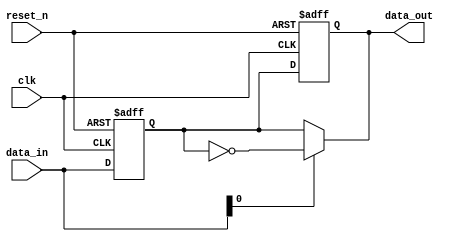
module event_driven_example (
    input wire clk,          // Clock signal
    input wire reset_n,     // Active low reset signal
    input wire [3:0] data_in, // 4-bit input data
    output reg [3:0] data_out // 4-bit output data
);

// Internal signal to hold state
reg [3:0] state;

// Always block triggered on the rising edge of the clock or on reset
always @(posedge clk or negedge reset_n) begin
    if (!reset_n) begin
        // Reset logic: set state and output to zero
        state <= 4'b0000;
        data_out <= 4'b0000;
    end else begin
        // Sequential logic: update state on clock edge
        state <= data_in; // Capture input data on clock edge
        data_out <= state; // Update output with the current state
    end
end

// Always block for combinational logic
always @(data_in or state) begin
    // Combinational logic: output is the inverted state if data_in is high
    if (data_in[0]) begin
        data_out <= ~state; // Invert state if the least significant bit of data_in is high
    end else begin
        data_out <= state; // Otherwise, output the current state
    end
end

endmodule